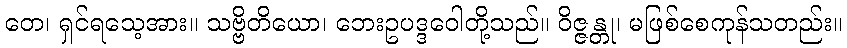
တေ၊ ရှင်ရသေ့အား။ သဗ္ဗိတိယော၊ ဘေးဥပဒ္ဒဝေါတို့သည်။ ဝိဇ္ဇန္တု၊ မဖြစ်စေကုန်သတည်း။